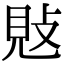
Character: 𢽕